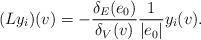
LaTeX: \begin{align*} (Ly_i)(v)& =-\frac{\delta_E(e_0)}{\delta_V(v)}\frac{1}{|e_0|}y_i(v). \end{align*}